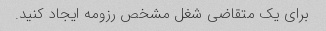
برای یک متقاضی شغل مشخص رزومه ایجاد کنید.